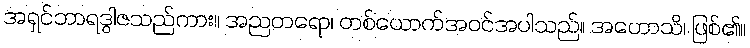
အရှင်ဘာရဒွါဇသည်ကား။ အညတရော၊ တစ်ယောက်အဝင်အပါသည်။ အဟောသိ၊ ဖြစ်၏။